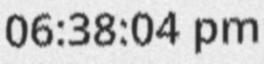
06:38:04 pm